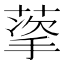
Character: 𬝩